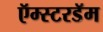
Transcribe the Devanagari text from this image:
ऍम्स्टरडॅम